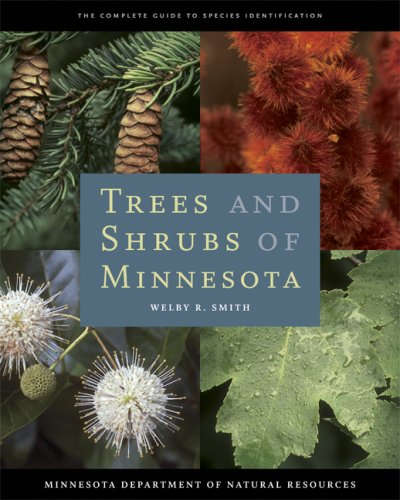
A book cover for Trees and Shrubs of Minnesota (The Complete Guide to Species Identification); Welby R. Smith; Science & Math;